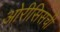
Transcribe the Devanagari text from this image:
ओरीसिसची